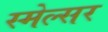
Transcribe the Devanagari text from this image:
स्मेल्सर